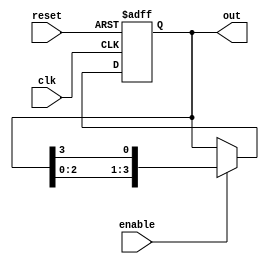
module ring_counter #(
    parameter N = 4  // Number of flip-flops (states)
)(
    input wire clk,       // Clock input
    input wire reset,     // Asynchronous reset
    input wire enable,    // Clock enable
    output reg [N-1:0] out // Output representing the current state
);

// Internal signal to hold the next state
reg [N-1:0] next_state;

// Initial state
initial begin
    out = 1'b1; // Start with the first flip-flop set to '1'
end

// State transition logic
always @(*) begin
    if (enable) begin
        next_state = {out[N-2:0], out[N-1]}; // Shift left
    end else begin
        next_state = out; // Hold state if not enabled
    end
end

// Sequential logic for state update
always @(posedge clk or posedge reset) begin
    if (reset) begin
        out <= 1'b1; // Reset to initial state
    end else begin
        out <= next_state; // Update state on clock edge
    end
end

endmodule